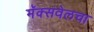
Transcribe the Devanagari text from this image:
मॅक्सवेलचा